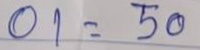
01 = 50